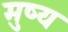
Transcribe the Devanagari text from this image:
मुष्य